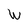
Character: W